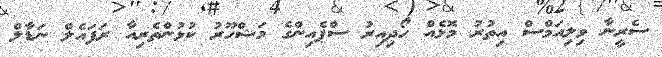
ސެރީނާ ވިލިއަމްސް އިތުރު މޮޅެއް ހޯދިއިރު ސްޕެއިންގެ މަޝްހޫރު ކުޅުންތެރިއާ ރަފައެލް ނަޑާލް